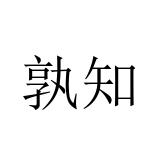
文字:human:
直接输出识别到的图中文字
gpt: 孰知